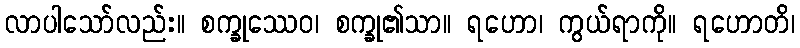
လာပါသော်လည်း။ စက္ခုဿေဝ၊ စက္ခု၏သာ။ ရဟော၊ ကွယ်ရာကို။ ရဟောတိ၊